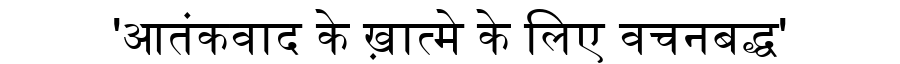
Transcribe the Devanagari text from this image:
'आतंकवाद के ख़ात्मे के लिए वचनबद्ध'